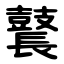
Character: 鼚